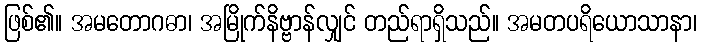
ဖြစ်၏။ အမတောဂဓာ၊ အမြိုက်နိဗ္ဗာန်လျှင် တည်ရာရှိသည်။ အမတပရိယောသာနာ၊